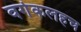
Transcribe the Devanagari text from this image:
वर्गकलहच